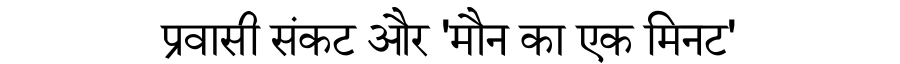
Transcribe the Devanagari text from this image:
प्रवासी संकट और 'मौन का एक मिनट'